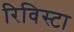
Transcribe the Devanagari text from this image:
रिविस्टा